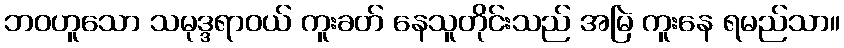
ဘဝဟူသော သမုဒ္ဒရာဝယ် ကူးခတ် နေသူတိုင်းသည် အမြဲ ကူးနေ ရမည်သာ။